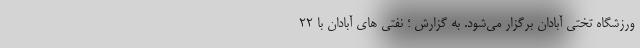
ورزشگاه تختی آبادان برگزار می‌شود. به گزارش ؛ نفتی های آبادان با 22